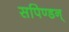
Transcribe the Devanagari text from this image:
सपिण्डन्